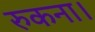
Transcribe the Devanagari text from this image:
रुकना।